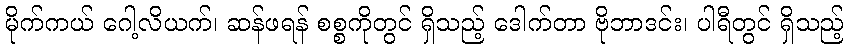
မိုက်ကယ် ဂေါ့လိယက်၊ ဆန်ဖရန် စစ္စကိုတွင် ရှိသည့် ဒေါက်တာ ဗိုဘာဒင်း၊ ပါရီတွင် ရှိသည့်